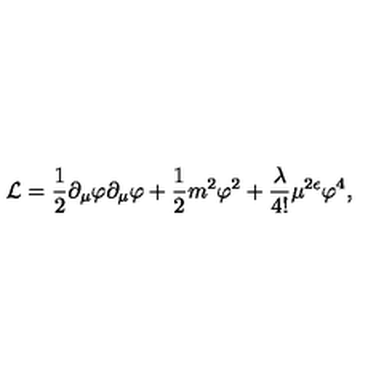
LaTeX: { \mathcal L } = \frac { 1 } { 2 } \partial _ { \mu } \varphi \partial _ { \mu } \varphi + \frac { 1 } { 2 } m ^ { 2 } \varphi ^ { 2 } + \frac { \lambda } { 4 ! } \mu ^ { 2 \epsilon } \varphi ^ { 4 } ,